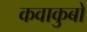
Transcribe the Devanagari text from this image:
कवाकुबो